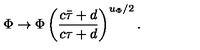
{ \Phi \to \Phi \left( { \frac { c \bar { \tau } + d } { c \tau + d } } \right) ^ { u _ { \Phi } / 2 } . }